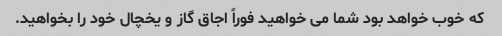
که خوب خواهد بود شما می خواهید فوراً اجاق گاز و یخچال خود را بخواهید.